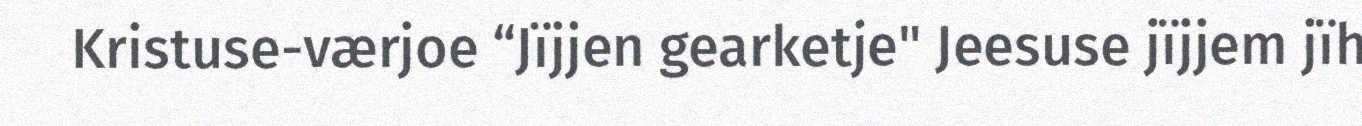
Kristuse-værjoe “Jïjjen gearketje" Jeesuse jïjjem jïh